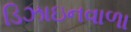
ડિઝાઇનવાળા